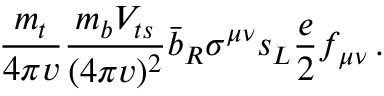
{ \frac { m _ { t } } { 4 \pi v } } { \frac { m _ { b } V _ { t s } } { ( 4 \pi v ) ^ { 2 } } } \bar { b } _ { R } \sigma ^ { \mu \nu } s _ { L } { \frac { e } { 2 } } f _ { \mu \nu } \, .